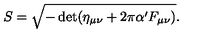
S = \sqrt { - \det ( \eta _ { \mu \nu } + 2 \pi \alpha ^ { \prime } F _ { \mu \nu } ) } .